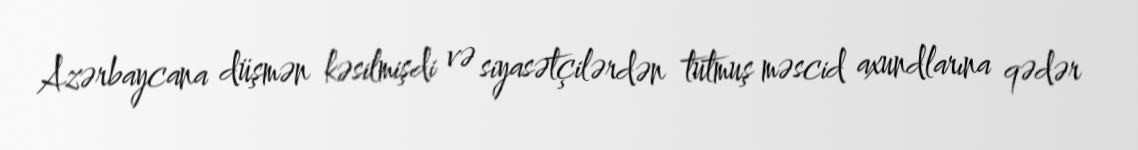
Azərbaycana düşmən kəsilmişdi və siyasətçilərdən tutmuş məscid axundlarına qədər